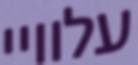
עלוויי